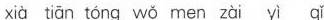
xià tián tōng wǒ men zài yī qǐ